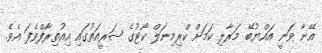
އޭނާ ވަނީ އައްޔުބޭ މަރާލި ކަމަށް ކްރިމިނަލް ކޯޓުގެ ޝަރީއަތުގައި އިއުތިރާފްވެފަ އެވެ.